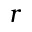
r